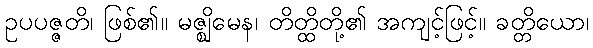
ဥပပဇ္ဇတိ၊ ဖြစ်၏။ မဇ္ဈိမေန၊ တိတ္ထိတို့၏ အကျင့်ဖြင့်။ ခတ္တိယော၊